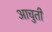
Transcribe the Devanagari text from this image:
आचुती